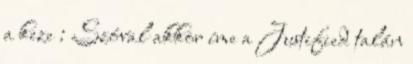
a keze : Szóval akkor íme a Justified talán